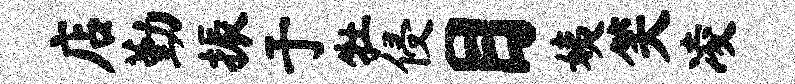
店勤振于牡侵目姨笑凌